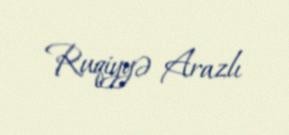
Ruqiyyə Arazlı